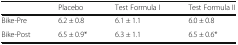
<table><thead><tr><td></td><td><b>Placebo</b></td><td><b>Test Formula I</b></td><td><b>Test Formula II</b></td></tr></thead><tbody><tr><td>Bike-Pre</td><td>6.2 ± 0.8</td><td>6.1 ± 1.1</td><td>6.0 ± 0.8</td></tr><tr><td>Bike-Post</td><td>6.5 ± 0.9*</td><td>6.3 ± 1.1</td><td>6.5 ± 0.6*</td></tr></tbody></table>